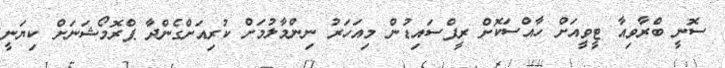
ސޮނީ ބްރާވިއާ ޓީވީއަށް ހާއްސަކޮށް ރީފްސައިޑުން މިއަހަރު ނިންމާލުމަށް ކުރިއަށްގެންދާ ޕްރޮމޯޝަނަށް ކިޔަނީ